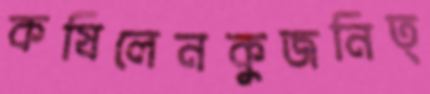
কষিলেনকুজনিত্